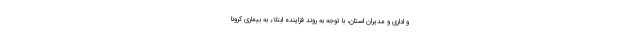
و اداری و مدیران استان، با توجه به روند فزاینده ابتلاء به بیماری کرونا